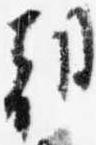
朝